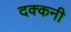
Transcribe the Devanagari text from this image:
दक्‍कनी